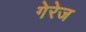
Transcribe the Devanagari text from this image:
गेरेज